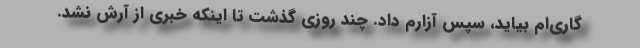
گاری‌ام بیاید، سپس آزارم داد. چند روزی گذشت تا اینکه خبری از آرش نشد.